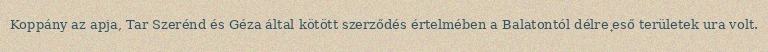
Koppány az apja, Tar Szerénd és Géza által kötött szerződés értelmében a Balatontól délre eső területek ura volt.